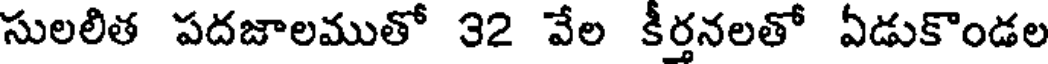
సులలిత పదజాలముతో 32 వేల కీర్తనలతో ఏడుకొండల